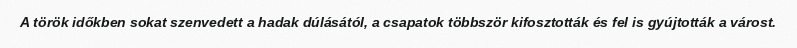
A török időkben sokat szenvedett a hadak dúlásától, a csapatok többször kifosztották és fel is gyújtották a várost.